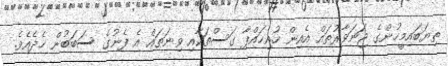
ތިޔަބައިމީހުންގެ ޖަނަވާރުތައް އެއިން ހުއިހައްޕާ ގަސްތަކާއި ވިނަތައް އެ ފެނުގެ ސަބަބުން ހެދެއެވެ.